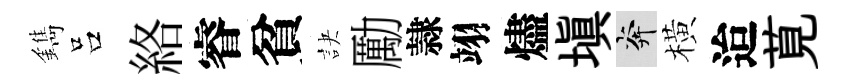
鐫吕絡睿貧訣勵隷翊燼塡奔橫迨莧